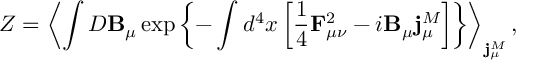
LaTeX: { \cal Z } = \left< \int D { \bf B } _ { \mu } \exp \left\{ - \int d ^ { 4 } x \left[ \frac 1 4 { \bf F } _ { \mu \nu } ^ { 2 } - i { \bf B } _ { \mu } { \bf j } _ { \mu } ^ { M } \right] \right\} \right> _ { { \bf j } _ { \mu } ^ { M } } ,